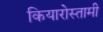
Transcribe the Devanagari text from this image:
कियारोस्तामी